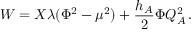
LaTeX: W = X \lambda ( \Phi ^ { 2 } - \mu ^ { 2 } ) + { \frac { h _ { A } } { 2 } } \Phi Q _ { A } ^ { 2 } \, .